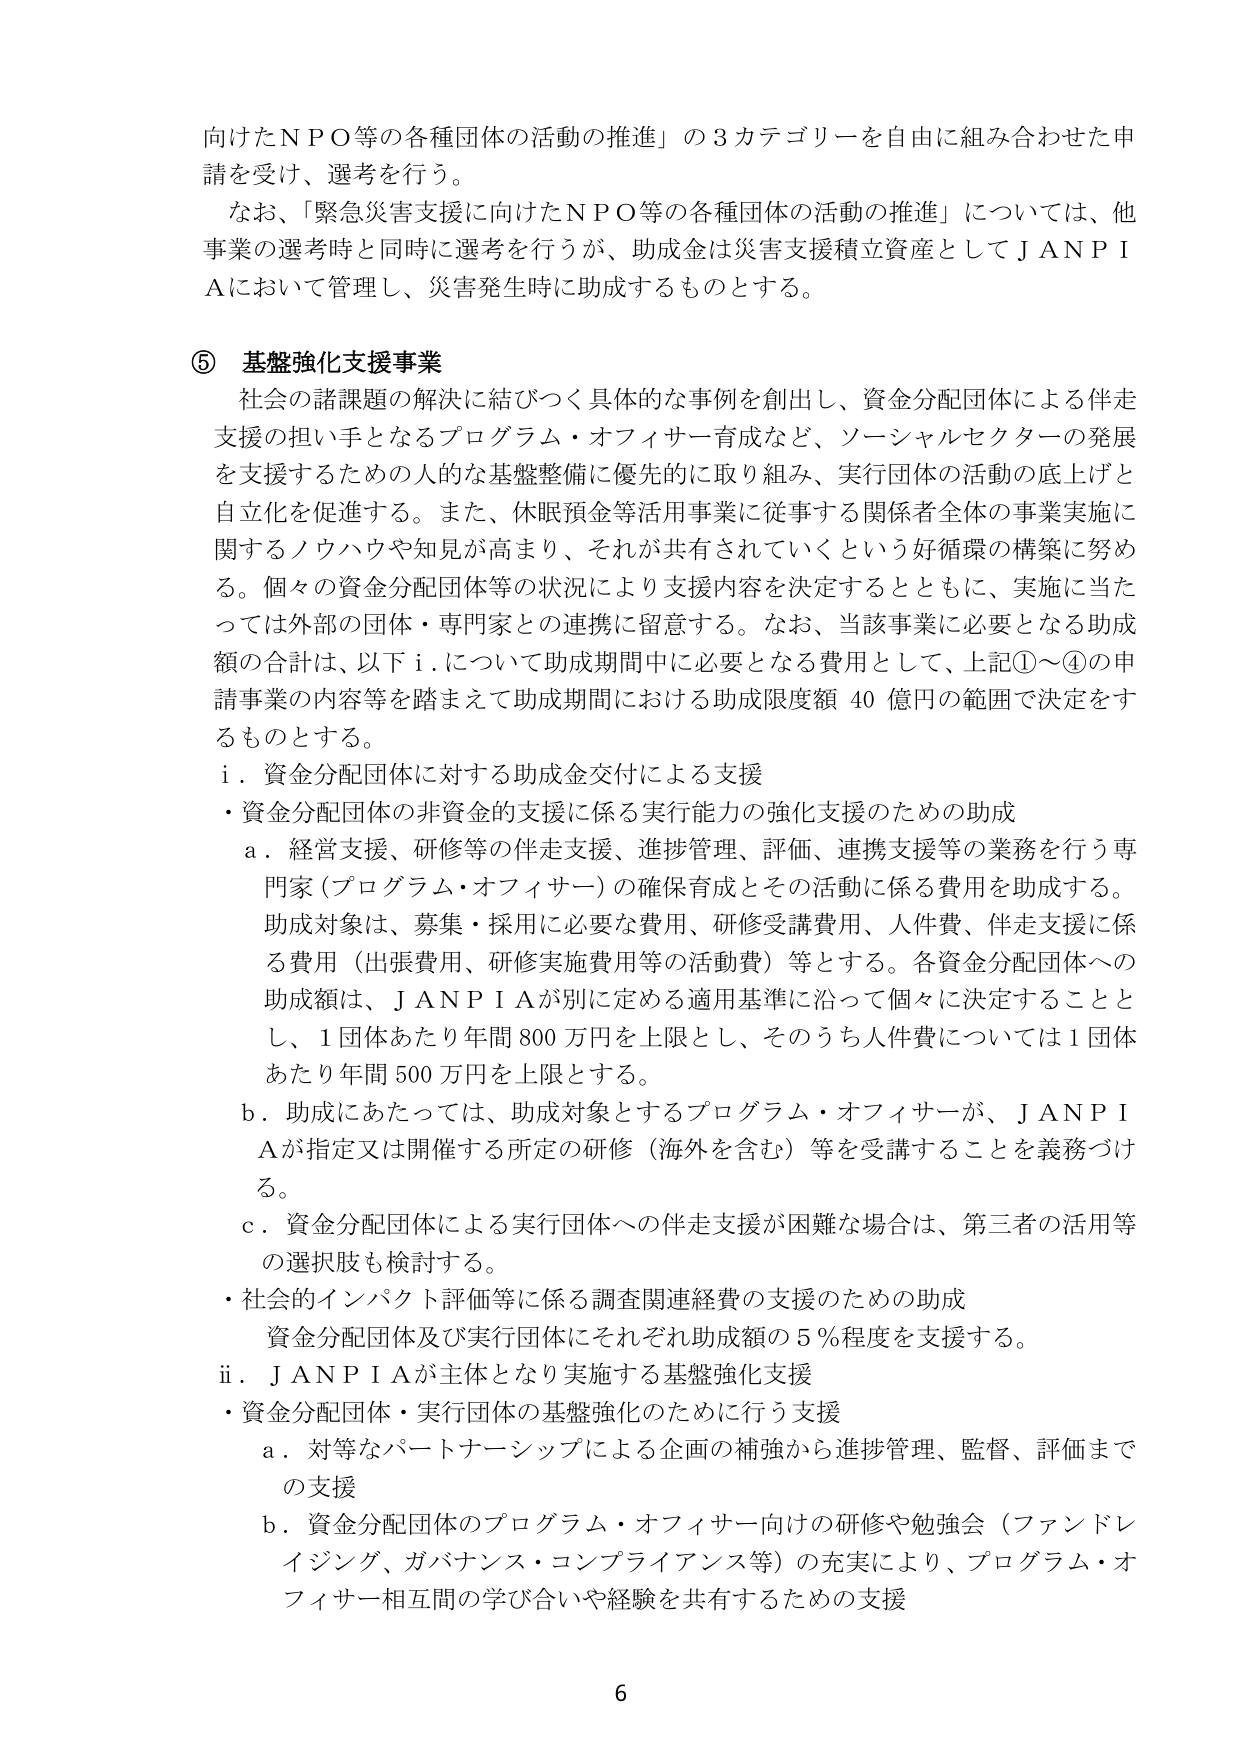
向けたＮＰＯ等の各種団体の活動の推進」の３カテゴリーを自由に組み合わせた申請を受け、選考を行う。

なお、「緊急災害支援に向けたＮＰＯ等の各種団体の活動の推進」については、他事業の選考時と同時に選考を行うが、助成金は災害支援積立資産としてＪＡＮＰＩＡにおいて管理し、災害発生時に助成するものとする。

⑤ 基盤強化支援事業

社会の諸課題の解決に結びつく具体的な事例を創出し、資金分配団体による伴走支援の担い手となるプログラム・オフィサー育成など、ソーシャルセクターの発展を支援するための人的な基盤整備に優先的に取り組み、実行団体の活動の底上げと自立化を促進する。また、休眠預金等活用事業に従事する関係者全体の事業実施に関するノウハウや知見が高まり、それが共有されていくという好循環の構築に努める。個々の資金分配団体等の状況により支援内容を決定するとともに、実施に当たっては外部の団体・専門家との連携に留意する。なお、当該事業に必要となる助成額の合計は、以下ⅰ．について助成期間中に必要となる費用として、上記①～④の申請事業の内容等を踏まえて助成期間における助成限度額 40 億円の範囲で決定をするものとする。

ⅰ．資金分配団体に対する助成金交付による支援

・資金分配団体の非資金的支援に係る実行能力の強化支援のための助成

ａ．経営支援、研修等の伴走支援、進捗管理、評価、連携支援等の業務を行う専門家（プログラム・オフィサー）の確保育成とその活動に係る費用を助成する。助成対象は、募集・採用に必要な費用、研修受講費用、人件費、伴走支援に係る費用（出張費用、研修実施費用等の活動費）等とする。各資金分配団体への助成額は、ＪＡＮＰＩＡが別に定める適用基準に沿って個々に決定することとし、１団体あたり年間 800 万円を上限とし、そのうち人件費については１団体あたり年間 500 万円を上限とする。

ｂ．助成にあたっては、助成対象とするプログラム・オフィサーが、ＪＡＮＰＩＡが指定又は開催する所定の研修（海外を含む）等を受講することを義務づける。

ｃ．資金分配団体による実行団体への伴走支援が困難な場合は、第三者の活用等の選択肢も検討する。

・社会的インパクト評価等に係る調査関連経費の支援のための助成

資金分配団体及び実行団体にそれぞれ助成額の５％程度を支援する。

ⅱ．ＪＡＮＰＩＡが主体となり実施する基盤強化支援

・資金分配団体・実行団体の基盤強化のために行う支援

ａ．対等なパートナーシップによる企画の補強から進捗管理、監督、評価までの支援

ｂ．資金分配団体のプログラム・オフィサー向けの研修や勉強会（ファンドレイジング、ガバナンス・コンプライアンス等）の充実により、プログラム・オフィサー相互間の学び合いや経験を共有するための支援

6